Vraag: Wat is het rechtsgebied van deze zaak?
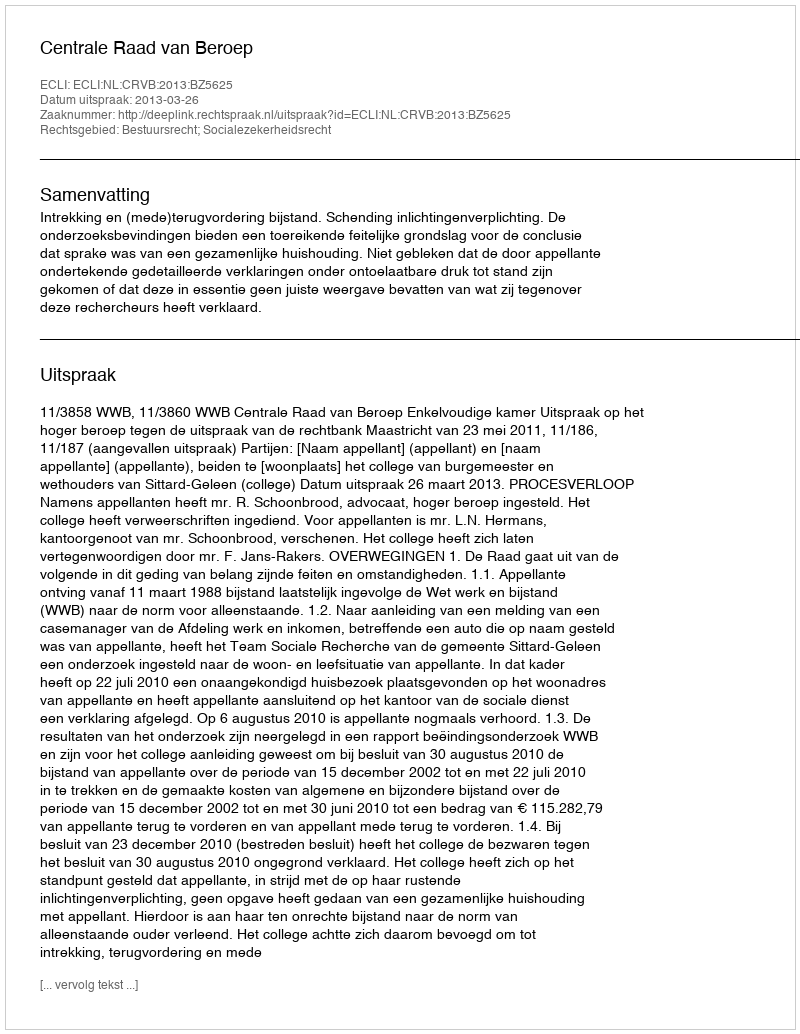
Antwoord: Bestuursrecht; Socialezekerheidsrecht